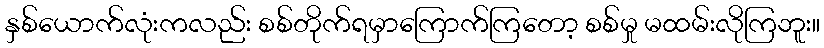
နှစ်ယောက်လုံးကလည်း စစ်တိုက်ရမှာကြောက်ကြတော့ စစ်မှု မထမ်းလိုကြဘူး။